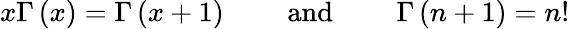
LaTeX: x\Gamma\left(x\right)=\Gamma\left(x+1\right)\mathrm{\qquad~and~\qquad}\Gamma\left(n+1\right)=n!